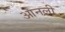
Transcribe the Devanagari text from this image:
आनली